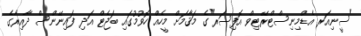
"ސީނިއަރ އެޑްމިނިސްޓްރޭޓިވް އޮފިސަރ"ގެ މަޤާމަށް މީހެއް ހޮވުމުގައި ބަޖެޓް އަދި ފައިނޭންސް ދާއިރާގެ